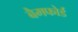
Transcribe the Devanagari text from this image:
बैमफोर्ड